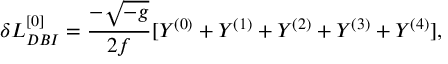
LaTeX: \delta { \cal L } _ { D B I } ^ { [ 0 ] } = \frac { - \sqrt { - g } } { 2 f } [ Y ^ { ( 0 ) } + Y ^ { ( 1 ) } + Y ^ { ( 2 ) } + Y ^ { ( 3 ) } + Y ^ { ( 4 ) } ] ,